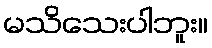
မသိသေးပါဘူး။